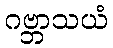
ဂဗ္ဘာသယံ